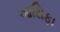
આસિફા